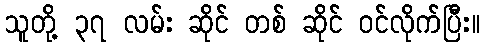
သူတို့ ၃၇ လမ်း ဆိုင် တစ် ဆိုင် ဝင်လိုက်ပြီး။